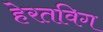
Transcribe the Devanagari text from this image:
हेरतविग